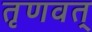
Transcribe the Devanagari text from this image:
तृणवत्